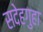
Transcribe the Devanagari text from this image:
सदेहगुहा